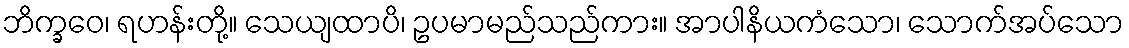
ဘိက္ခဝေ၊ ရဟန်းတို့။ သေယျထာပိ၊ ဥပမာမည်သည်ကား။ အာပါနိယကံသော၊ သောက်အပ်သော